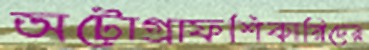
অটোগ্রাফশিকারিদের